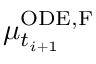
\mu _ { t _ { i + 1 } } ^ { \mathrm { O D E , F } }